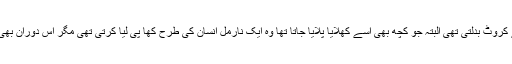
نہ تو وہ بولتی تھی اور نہ ہی خود سے کروٹ بدلتی تھی البتہ جو کچھ بھی اسے کھلایا پلایا جاتا تھا وہ ایک نارمل انسان کی طرح کھا پی لیا کرتی تھی مگر اس دوران بھی شہزادی کی آنکھیں بند ہی رہتی تھیں۔